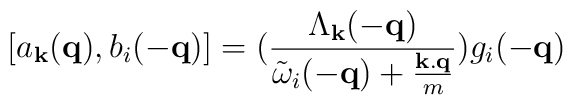
[a_{ {\bf{k}} }({\bf{q}}), b_{i}(-{\bf{q}})] = (\frac{ \Lambda_{ {\bf{k}} }(-{\bf{q}}) }{ {\tilde{\omega}}_{i}(-{\bf{q}}) + \frac{ {\bf{k.q}} }{m} })g_{i}(-{\bf{q}})